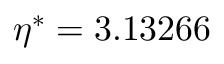
\eta ^ { \ast } = 3 . 1 3 2 6 6